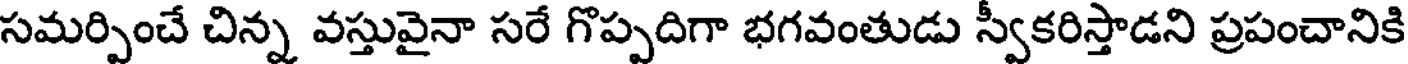
సమర్పించే చిన్న వస్తువైనా సరే గొప్పదిగా భగవంతుడు స్వకరిస్తాడని ప్రపంచానికి